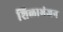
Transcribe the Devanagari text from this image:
शिळाभंजन